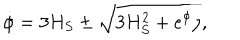
\dot { \phi } = 3 H _ { S } \pm \sqrt { 3 H _ { S } ^ { 2 } + e ^ { \phi } \rho } ,